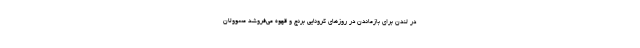
در لندن برای بازماندن در روزهای کرونایی برنج و قهوه می‌فروشد مسوولان